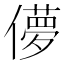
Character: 儚